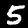
Digit: 5